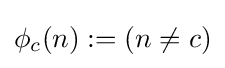
\phi _{c}(n):=(n\neq c)